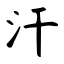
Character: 汗